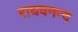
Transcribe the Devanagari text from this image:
राघवनन्द